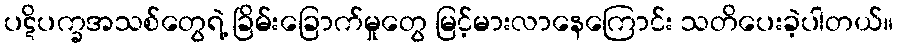
ပဋိပက္ခအသစ်တွေရဲ့ ခြိမ်းခြောက်မှုတွေ မြင့်မားလာနေကြောင်း သတိပေးခဲ့ပါတယ်။